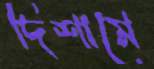
দিশামে